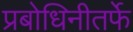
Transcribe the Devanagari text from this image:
प्रबोधिनीतर्फे